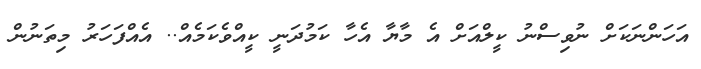
އަހަންނަކަށް ނުވިސްނު ކީލްއަށް އެ މާޔާ އެހާ ކަމުދަނީ ކީއްވެކަމެއް.. އެއްފަހަރު މިތަނުން